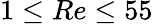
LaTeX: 1\le Re\le 55